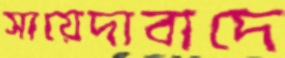
সায়েদাবাদে